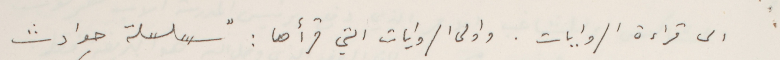
الى قراءة الروايات. واولى الروايات التي قرأها : "سلسلة حوادث